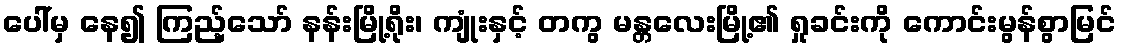
ပေါ်မှ နေ၍ ကြည့်သော် နန်းမြို့ရိုး၊ ကျုံးနှင့် တကွ မန္တလေးမြို့၏ ရှုခင်းကို ကောင်းမွန်စွာမြင်